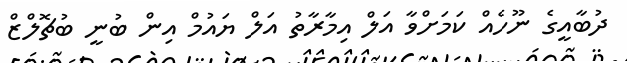
ދުބާއީގެ ނޫހެއް ކަމަށްވާ އަލް އިމާރާތު އަލް ޔައުމް އިން ބުނީ ބުޗޮލްޒް